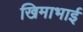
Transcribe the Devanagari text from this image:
खिमाभाई